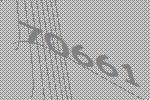
70661